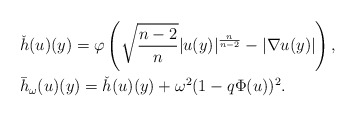
\begin{align*}&\check{h}(u)(y)=\varphi\left(\sqrt{\frac{n-2}{n}}|u(y)|^{\frac{n}{n-2}}-|\nabla u(y)| \right),\\&\bar{h}_\omega(u)(y)=\check{h}(u)(y)+ \omega^2(1-q \Phi(u))^2. \end{align*}